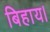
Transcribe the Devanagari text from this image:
बिहाय।